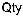
QTY